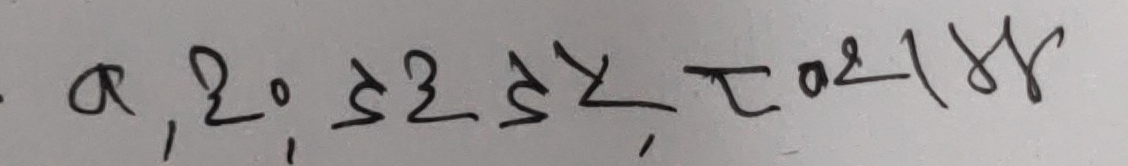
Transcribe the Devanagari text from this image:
a, २० ३२ ३५,  τ ०२1 भ